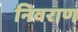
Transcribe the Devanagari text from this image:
निवराण